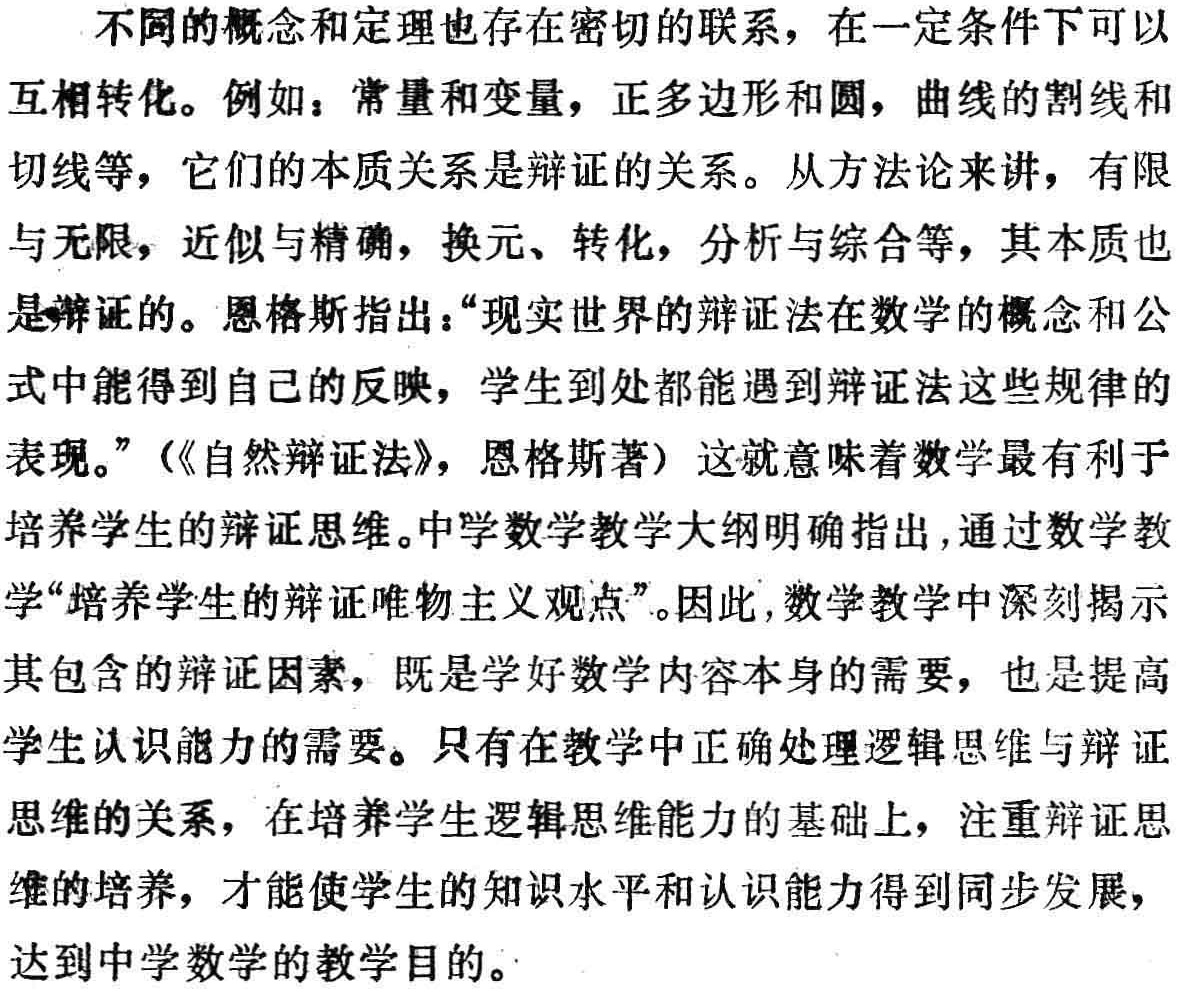
不同的概念和定理也存在密切的联系，在一定条件下可以
互相转化。例如：常量和变量，正多边形和圆，曲线的割线和
切线等，它们的本质关系是辩证的关系。从方法论来讲，有限
与无限，近似与精确，换元、转化，分析与综合等，其本质也
是辩证的。恩格斯指出：“现实世界的辩证法在数学的概念和公
式中能得到自己的反映，学生到处都能遇到辩证法这些规律的
表现。”（《自然辩证法》，恩格斯著）这就意味着数学最有利于
培养学生的辩证思维。中学数学教学大纲明确指出,通过数学教
学“培养学生的辩证唯物主义观点”。因此,数学教学中深刻揭示
其包含的辩证因素，既是学好数学内容本身的需要，也是提高
学生认识能力的需要。只有在教学中正确处理逻辑思维与辩证
思维的关系，在培养学生逻辑思维能力的基础上，注重辩证思
维的培养，才能使学生的知识水平和认识能力得到同步发展，
达到中学数学的教学目的。